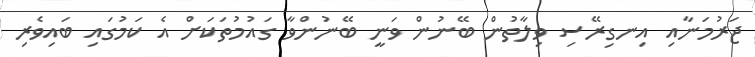
ޖަރުމަނާއި އިނގިރޭސި ވިލާތުން ބޭނުން ވަނީ ބޭނުންވާ ގައުމުތަކަށް އެ ކަމުގައި ބައިވެރި